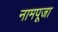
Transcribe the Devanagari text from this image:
नामपूजा